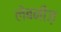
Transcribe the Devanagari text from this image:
लेबनीज़